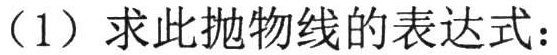
（1）求此抛物线的表达式：